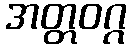
အတ္တဝဂ္ဂ